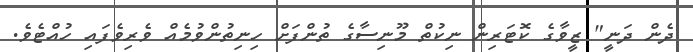
ދެން ދަނީ" ޒީވާގެ ކޮޓަރިން ނިކުތް މޫނިސާގެ ތުންފަށް ހިނިތުންވުމެއް ވެރިވެފައި ހުއްޓެވެ.